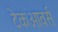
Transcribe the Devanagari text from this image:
टेकओवर्स